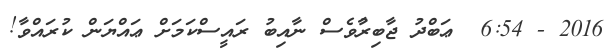
2016 - 6:54  ޢަބްދު ޖާބިރާުވެސް ނާއިބު ރައީސްކަމަށް ޢައްޔަން ކުރައްވާ!